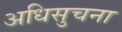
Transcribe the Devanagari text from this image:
अधिसुचना